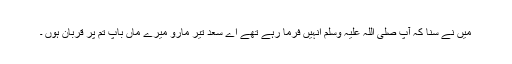
میں نے سنا کہ آپ صلی اللہ علیہ وسلم انہیں فرما رہے تھے اے سعد تیر مارو میرے ماں باپ تم پر قربان ہوں ۔